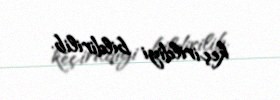
keçirildiyi bildirilib.